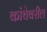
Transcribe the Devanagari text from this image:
कांचेवरील